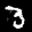
Label: 3